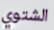
الشتوي